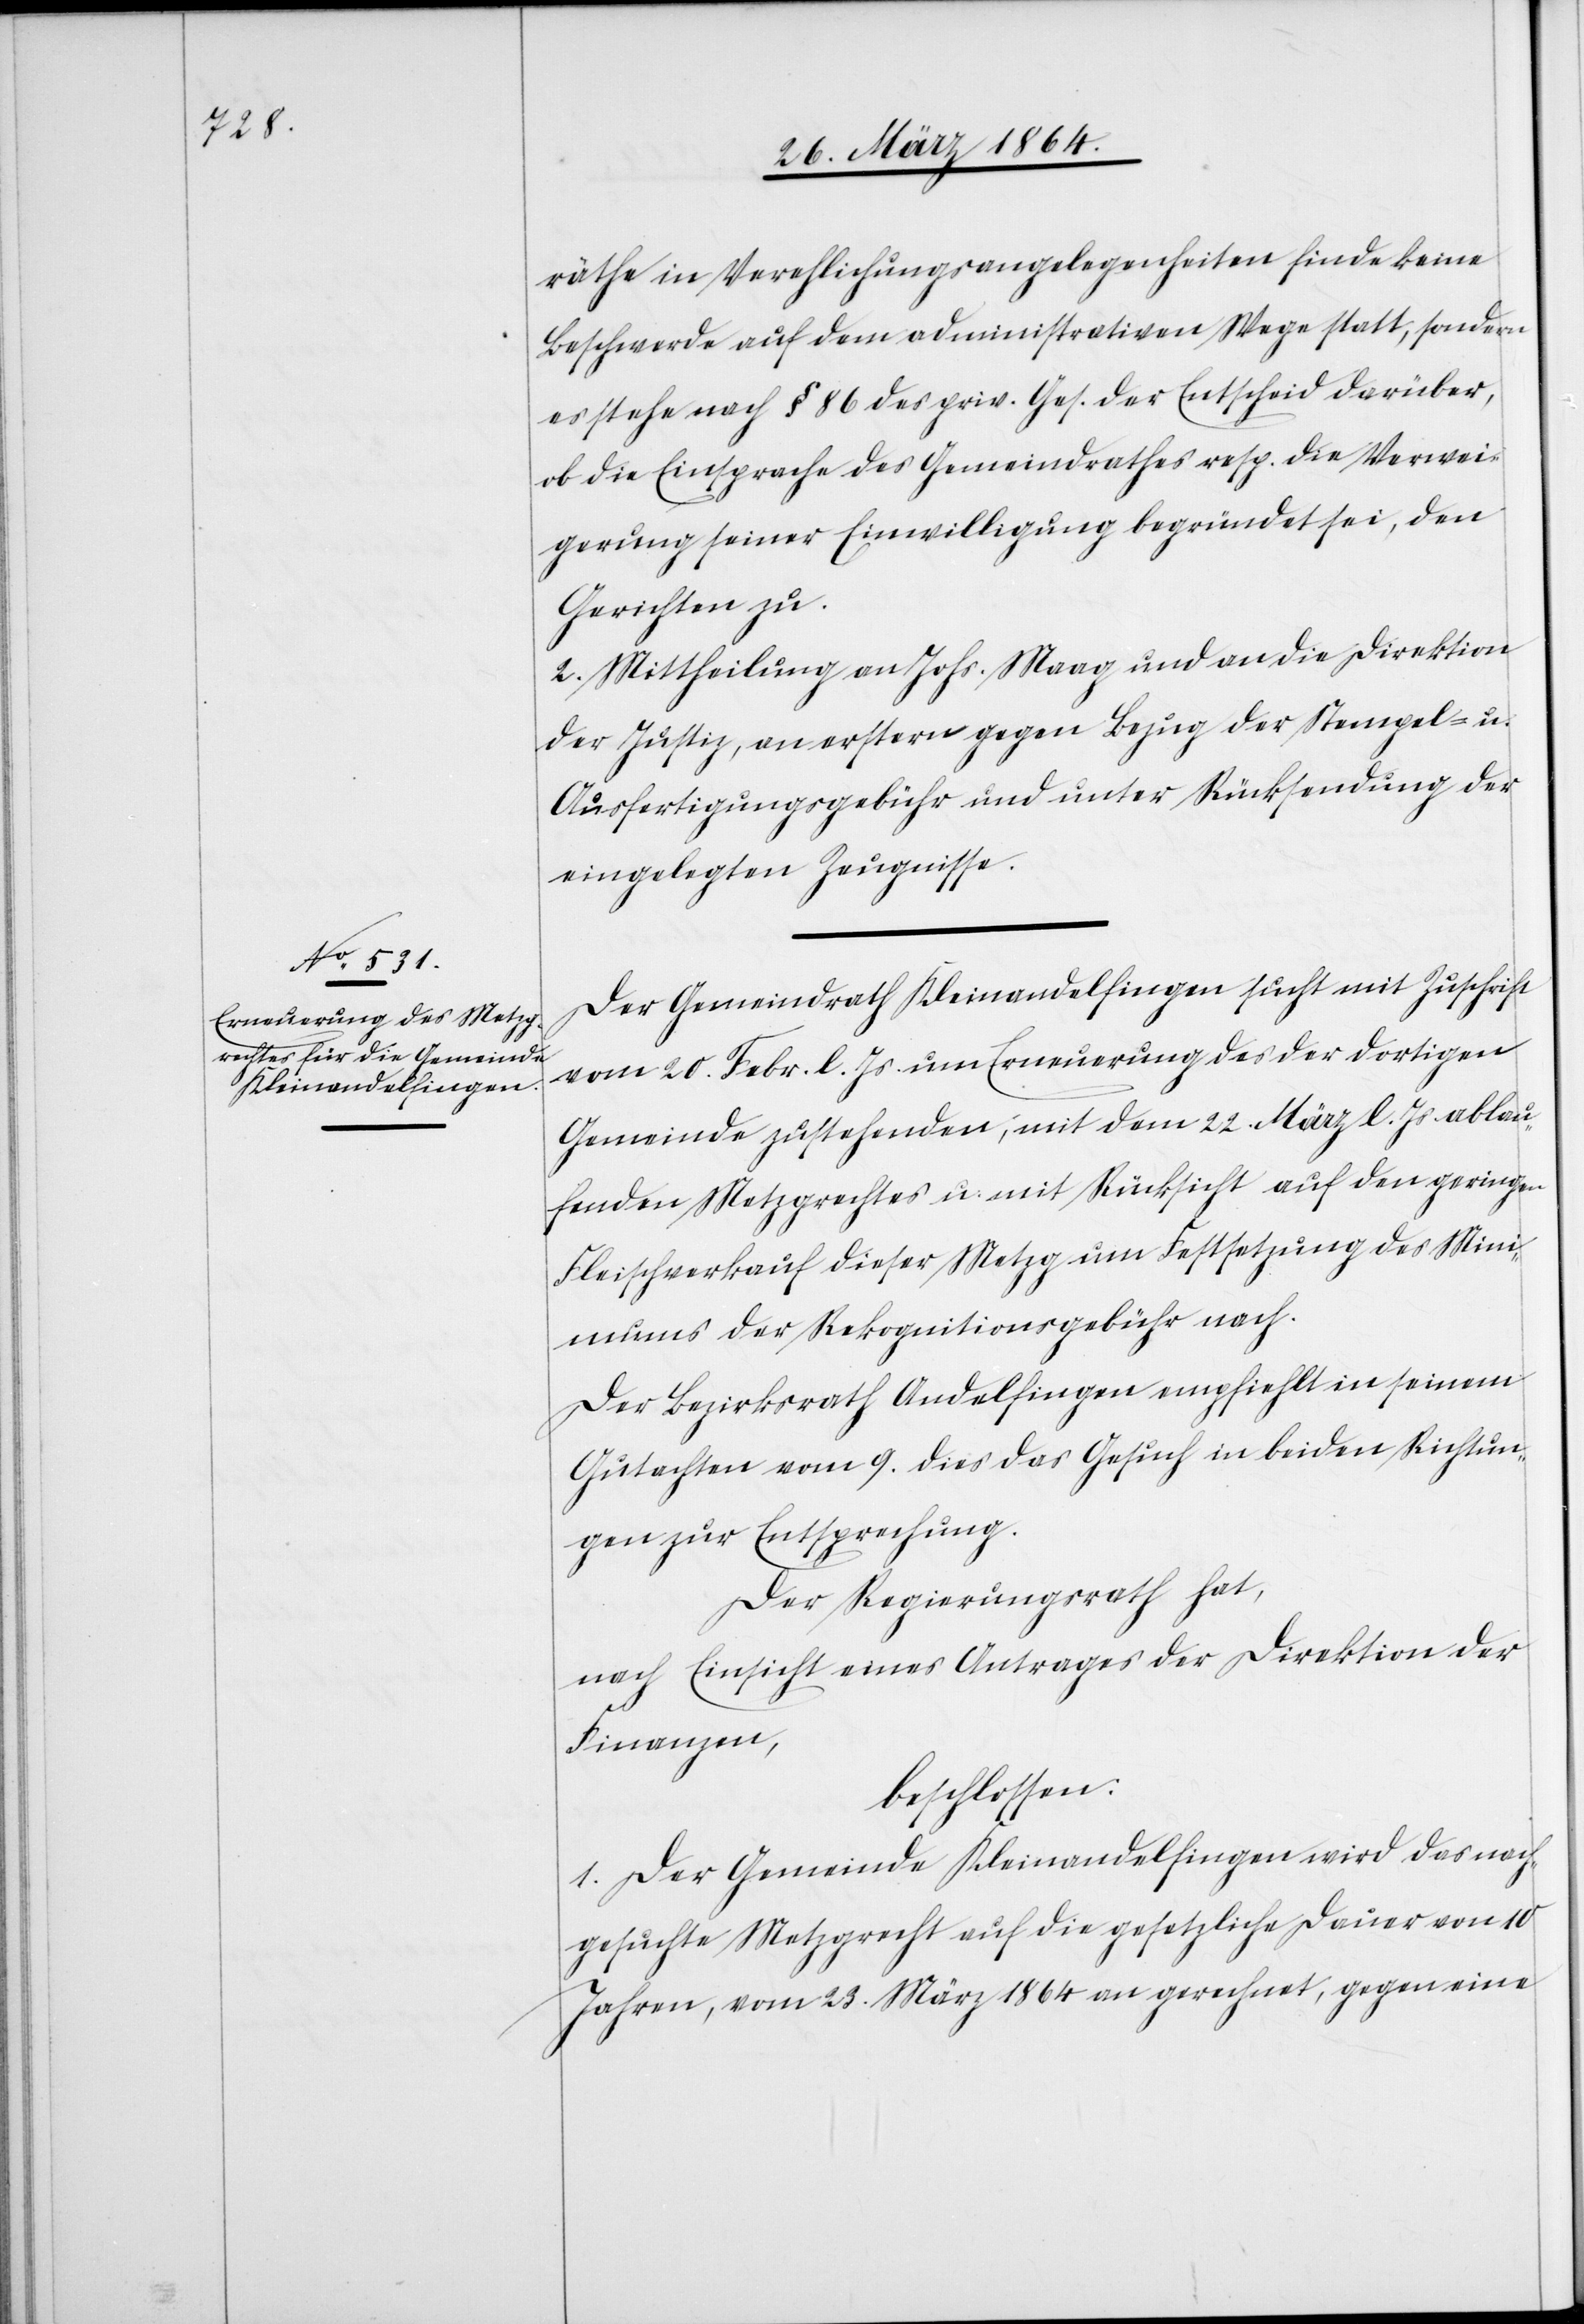
räthe in Verehelichungsangelegenheiten finde keine
Beschwerde auf dem administrativen Wege statt, sondern
es stehe nach § 86 des priv. Ges. der Entscheid darüber,
ob die Einsprache des Gemeindrathes resp. die Verwei¬
gerung seiner Einwilligung begründet sei, den
Gerichten zu.
2. Mittheilung an Johs. Maag und an die Direktion
der Justiz, an erstern gegen Bezug der Stempel- u.
Ausfertigungsgebühr und unter Rücksendung der
eingelegten Zeugnisse.
Der Gemeindrath Kleinandelfingen sucht mit Zuschrift
vom 20. Febr. l. Js. um Erneuerung des der dortigen
Gemeinde zustehenden, mit dem 22. März l. Js. ablau¬
fenden Metzgrechtes u. mit Rücksicht auf den geringen
Fleischverkauf dieser Metzg um Festsetzung des Mini¬
mums der Rekognitionsgebühr nach.
Der Bezirksrath Andelfingen empfiehlt in seinem
Gutachten vom 9. dies das Gesuch in beiden Richtun¬
gen zur Entsprechung.
Der Regierungsrath hat,
nach Einsicht eines Antrages der Direktion der
Finanzen,
beschlossen:
1. Der Gemeinde Kleinandelfingen wird das nach¬
gesuchte Metzgrecht auf die gesetzliche Dauer von 10
Jahren, vom 23. März 1864 an gerechnet, gegen eine